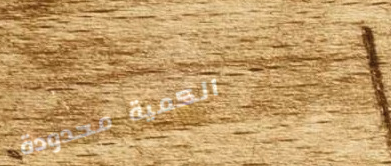
الكمية محدودة